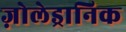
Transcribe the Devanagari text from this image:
ज़ोलेड्रानिक